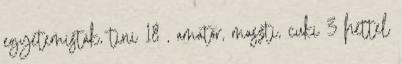
egyetemisták, tini 18 , amatőr, maszti, cuki 3 héttel